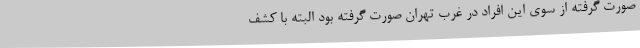
صورت گرفته از سوی این افراد در غرب تهران صورت گرفته بود البته با کشف